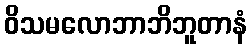
ဝိသမလောဘာဘိဘူတာနံ